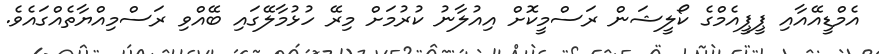
އެމްޑީއޭއާއި ޕީޕީއެމްގެ ކޯލީޝަން ރަސްމީކޮށް އިއުލާނު ކުރުމަށް މިރޭ ހުޅުމާލޭގައި ބޭއްވި ރަސްމިއްޔާތެއްގައެވެ.